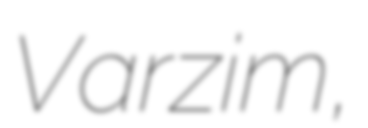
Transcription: Varzim,